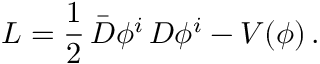
{ \cal L } = \frac { 1 } { 2 } \, \bar { D } \phi ^ { i } \, D \phi ^ { i } - V ( \phi ) \, .